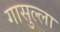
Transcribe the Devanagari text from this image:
गासुल्ला